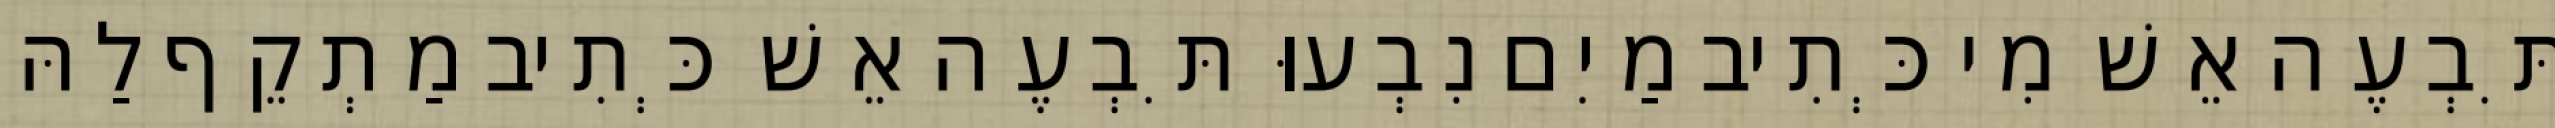
תִּבְעֶה אֵשׁ מִי כְּתִיב מַיִם נִבְעוּ תִּבְעֶה אֵשׁ כְּתִיב מַתְקֵף לַהּ